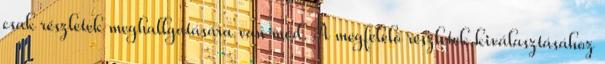
csak részletek meghallgatására van mód. A megfelelő részletek kiválasztásához